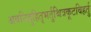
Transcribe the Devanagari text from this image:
अवनिदुहितृभर्तुश्चित्रकूटविहर्तु